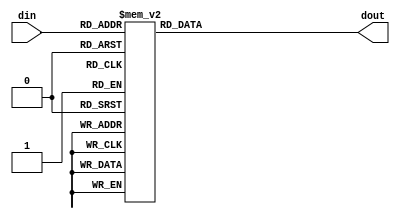
/*  This file is part of JT49.

    JT49 is free software: you can redistribute it and/or modify
    it under the terms of the GNU General Public License as published by
    the Free Software Foundation, either version 3 of the License, or
    (at your option) any later version.

    JT49 is distributed in the hope that it will be useful,
    but WITHOUT ANY WARRANTY; without even the implied warranty of
    MERCHANTABILITY or FITNESS FOR A PARTICULAR PURPOSE.  See the
    GNU General Public License for more details.

    You should have received a copy of the GNU General Public License
    along with JT49.  If not, see <http://www.gnu.org/licenses/>.
    
    Author: Jose Tejada Gomez. Twitter: @topapate
    Version: 1.0
    Date: 10-Nov-2018
    
    Based on sqmusic, by the same author
    
    */

`timescale 1ns / 1ps
module jt49_exp(
    input      [4:0] din,
    output reg [7:0] dout 
);

always @(din)
    case (din) // each step is 1/sqrt(2) of the previous value, starting from the end
        5'h00: dout=8'd0;
        5'h01: dout=8'd1;
        5'h02: dout=8'd2;
        5'h03: dout=8'd2;
        5'h04: dout=8'd2;
        5'h05: dout=8'd3;
        5'h06: dout=8'd3;
        5'h07: dout=8'd4;
        5'h08: dout=8'd5;
        5'h09: dout=8'd6;
        5'h0A: dout=8'd7;
        5'h0B: dout=8'd8;
        5'h0C: dout=8'd9;
        5'h0D: dout=8'd11;
        5'h0E: dout=8'd13;
        5'h0F: dout=8'd16; 
        5'h10: dout=8'd19;
        5'h11: dout=8'd23;
        5'h12: dout=8'd27;
        5'h13: dout=8'd32;
        5'h14: dout=8'd38;
        5'h15: dout=8'd45;
        5'h16: dout=8'd54;
        5'h17: dout=8'd64;
        5'h18: dout=8'd76;
        5'h19: dout=8'd90;
        5'h1A: dout=8'd107;
        5'h1B: dout=8'd128;
        5'h1C: dout=8'd152;
        5'h1D: dout=8'd180;
        5'h1E: dout=8'd214;
        5'h1F: dout=8'd255; 
    endcase    
endmodule